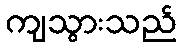
ကျသွားသည်